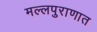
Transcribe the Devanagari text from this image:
मल्लपुराणात